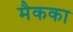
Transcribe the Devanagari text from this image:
मैकका